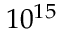
1 0 ^ { 1 5 }